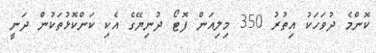
ކޮންމެ ދުވަހަކު އިތުރު 350 މިލިއަން ފޮޓޯ ދުނިޔޭގެ އެކި ކަންކޮޅުތަކުން ދަނީ